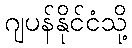
ဂျပန်နိုင်ငံသို့